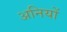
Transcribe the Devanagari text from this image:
अनियों